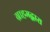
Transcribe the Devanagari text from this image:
ग्राहमद्वारा